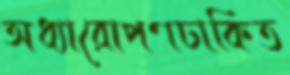
অধ্যারোপণঢাকিত